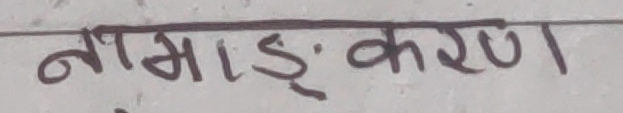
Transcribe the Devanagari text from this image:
नामाङ्‌करण